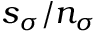
s _ { \sigma } / n _ { \sigma }